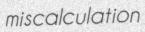
miscalculation